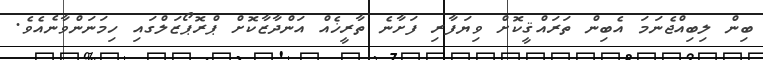
ބިން ލިބިއްޖެނަމަ އެބިން ތަރައްޤީކޮށް ވިޔަފާރި ފަށާނެ ތާރީޚެއް އަންދާޒާކޮށް ޕްރޮޕޯޒަލްގައި ހިމަނަންވާނެއެވެ.